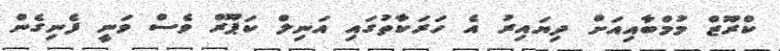
ކްރޫޒް މުމްބާއިއަށް ދިޔައިރު އެ ހަރަކާތުުގައި އަނިލް ކަޕޫރް ވެސް ވަނީ ފެނިގެން